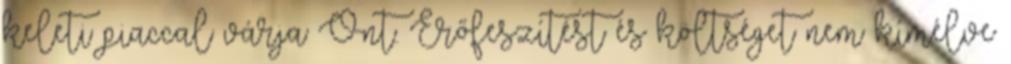
keleti piaccal várja Önt. Erőfeszítést és költséget nem kímélve